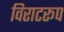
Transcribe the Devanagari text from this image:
विराटरूप